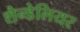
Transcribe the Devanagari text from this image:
शैन्डेलियर